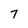
Character: 7